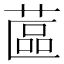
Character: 蓲